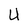
Character: U